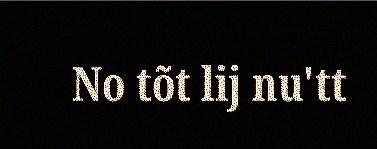
No tõt lij nu'tt